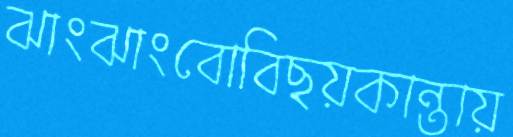
ঝাংঝাংবোবিছয়কান্তায়